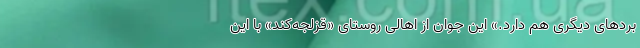
بردهای دیگری هم دارد.» این جوان از اهالی روستای «قزلجه‌کند» با این